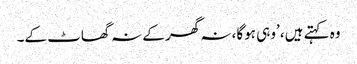
وہ کہتے ہیں، ’وہی ہوگا، نہ گھر کے نہ گھاٹ کے۔